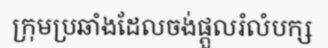
ក្រុមប្រឆាំងដែលចង់ផ្តួលរំលំបក្ស